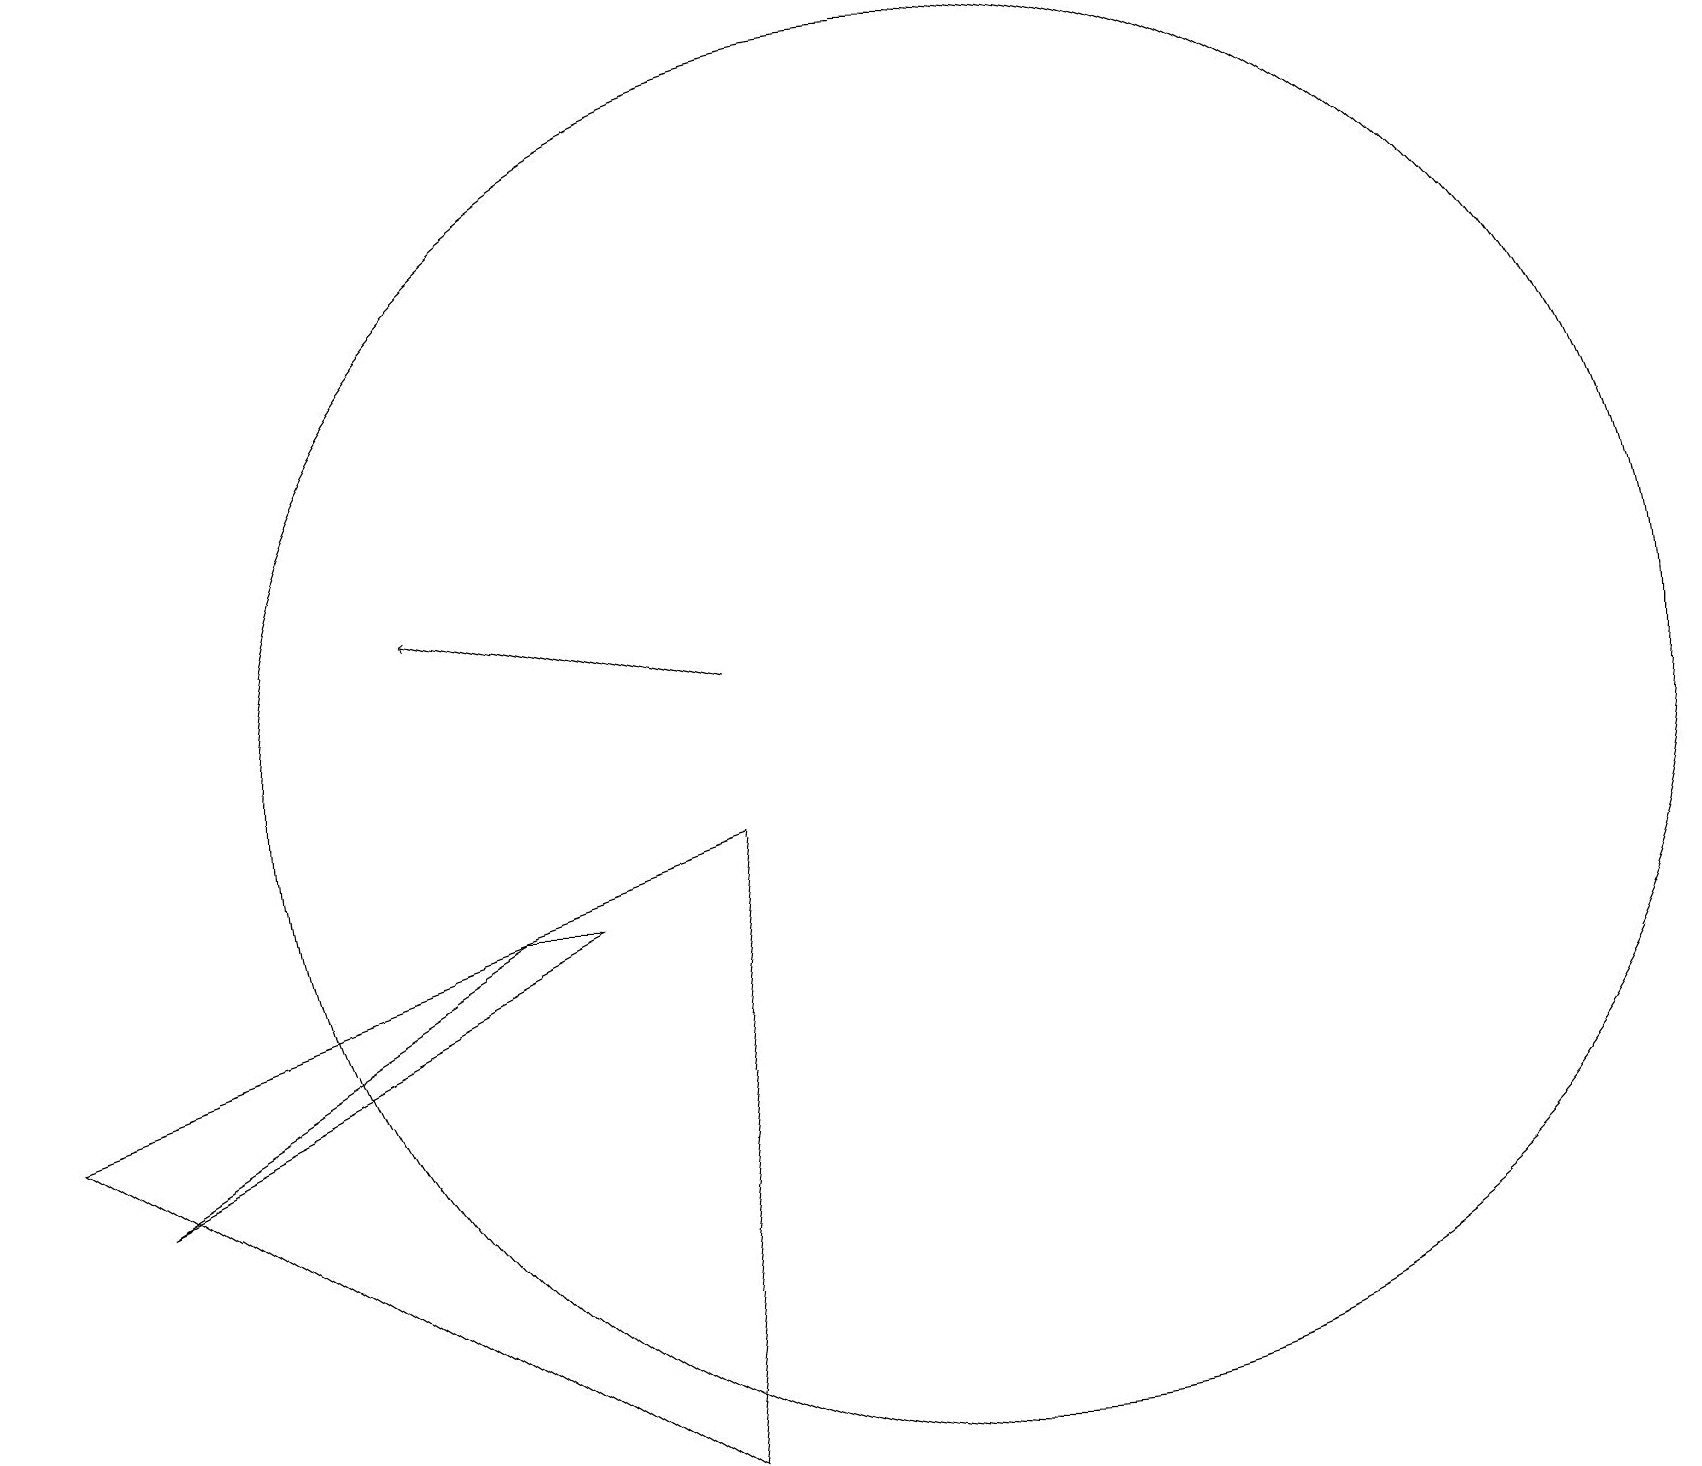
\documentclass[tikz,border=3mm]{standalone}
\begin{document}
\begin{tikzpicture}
\draw[->] (9,11) -- (5,12);
\draw (12,10) circle (9);
\draw (9,9) -- (8,1) -- (0,6) -- cycle;
\draw (7,8) -- (6,8) -- (1,5) -- cycle;
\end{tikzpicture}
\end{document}